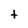
Character: t